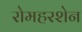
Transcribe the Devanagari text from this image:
रोमहरशेन